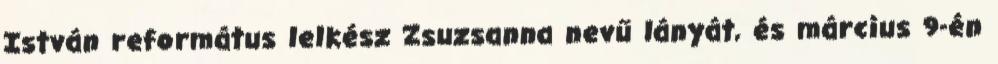
István református lelkész Zsuzsanna nevű lányát, és március 9-én